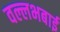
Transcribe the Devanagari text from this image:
वल्लभबाई